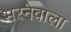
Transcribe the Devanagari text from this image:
भरनेवाला